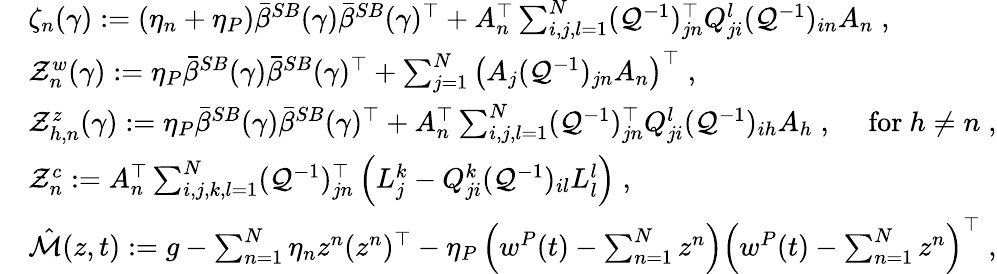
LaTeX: \begin{array}{rl}&{\zeta_{n}(\gamma):=(\eta_{n}+\eta_{P})\bar{{\beta}}^{SB}(\gamma)\bar{{\beta}}^{SB}(\gamma)^{\top}+A_{n}^{\top}\sum_{i,j,l=1}^{N}(\mathcal{Q}^{-1})_{jn}^{\top}Q_{ji}^{l}(\mathcal{Q}^{-1})_{in}A_{n}\; ,}\\ &{\mathcal{Z}_{n}^{w}(\gamma):=\eta_{P}\bar{{\beta}}^{SB}(\gamma)\bar{{\beta}}^{SB}(\gamma)^{\top}+\sum_{j=1}^{N}\left(A_{j}(\mathcal{Q}^{-1})_{jn}A_{n}\right)^{\top}\; ,}\\ &{\mathcal{Z}_{h,n}^{z}(\gamma):=\eta_{P}\bar{\beta}^{SB}(\gamma)\bar{\beta}^{SB}(\gamma)^{\top}+A_{n}^{\top}\sum_{i,j,l=1}^{N}(\mathcal{Q}^{-1})_{jn}^{\top}Q_{ji}^{l}(\mathcal{Q}^{-1})_{ih}A_{h}\; ,\quad\mathrm{~for~}h\neq n\; ,}\\ &{\mathcal{Z}_{n}^{c}:=A_{n}^{\top}\sum_{i,j,k,l=1}^{N}(\mathcal{Q}^{-1})_{jn}^{\top}\left(L_{j}^{k}-Q_{ji}^{k}(\mathcal{Q}^{-1})_{il}L_{l}^{l}\right)\; ,}\\ &{\hat{\mathcal{M}}(z,t):=g-\sum_{n=1}^{N}\eta_{n}z^{n}(z^{n})^{\top}-\eta_{P}\left(w^{P}(t)-\sum_{n=1}^{N}z^{n}\right)\left(w^{P}(t)-\sum_{n=1}^{N}z^{n}\right)^{\top}\; ,}\end{array}